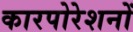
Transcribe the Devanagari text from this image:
कारपोरेशनों